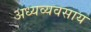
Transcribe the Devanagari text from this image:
अध्यव्यवसाय